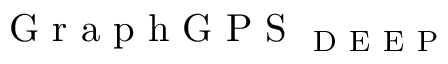
\mathrm { ~ G ~ r ~ a ~ p ~ h ~ G ~ P ~ S ~ } _ { \mathrm { ~ D ~ E ~ E ~ P ~ } }